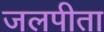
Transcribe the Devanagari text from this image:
जलपीता